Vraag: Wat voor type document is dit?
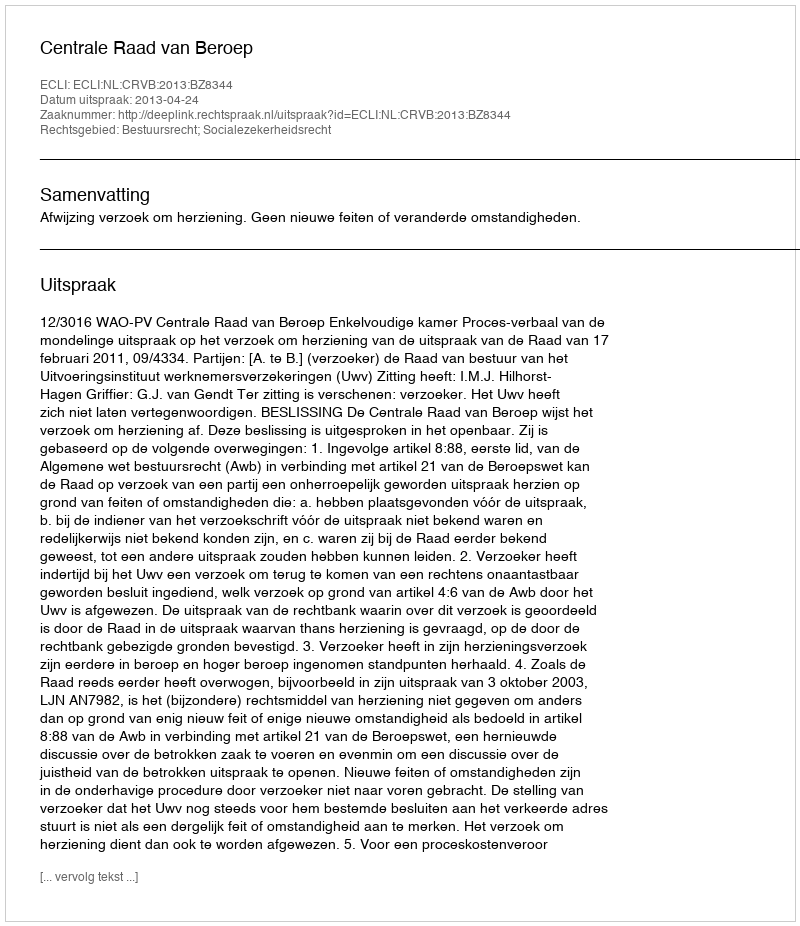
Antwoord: Uitspraak